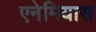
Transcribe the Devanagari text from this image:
एनेमियास